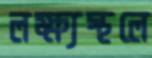
লক্ষ্যস্থলে